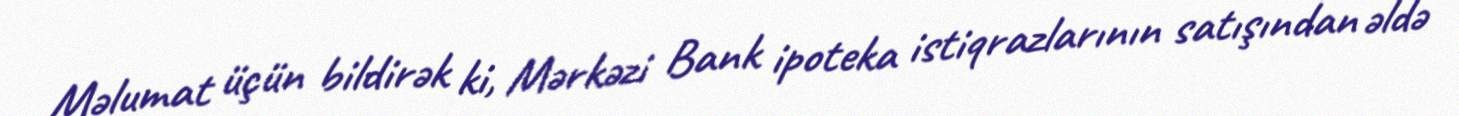
Məlumat üçün bildirək ki, Mərkəzi Bank ipoteka istiqrazlarının satışından əldə